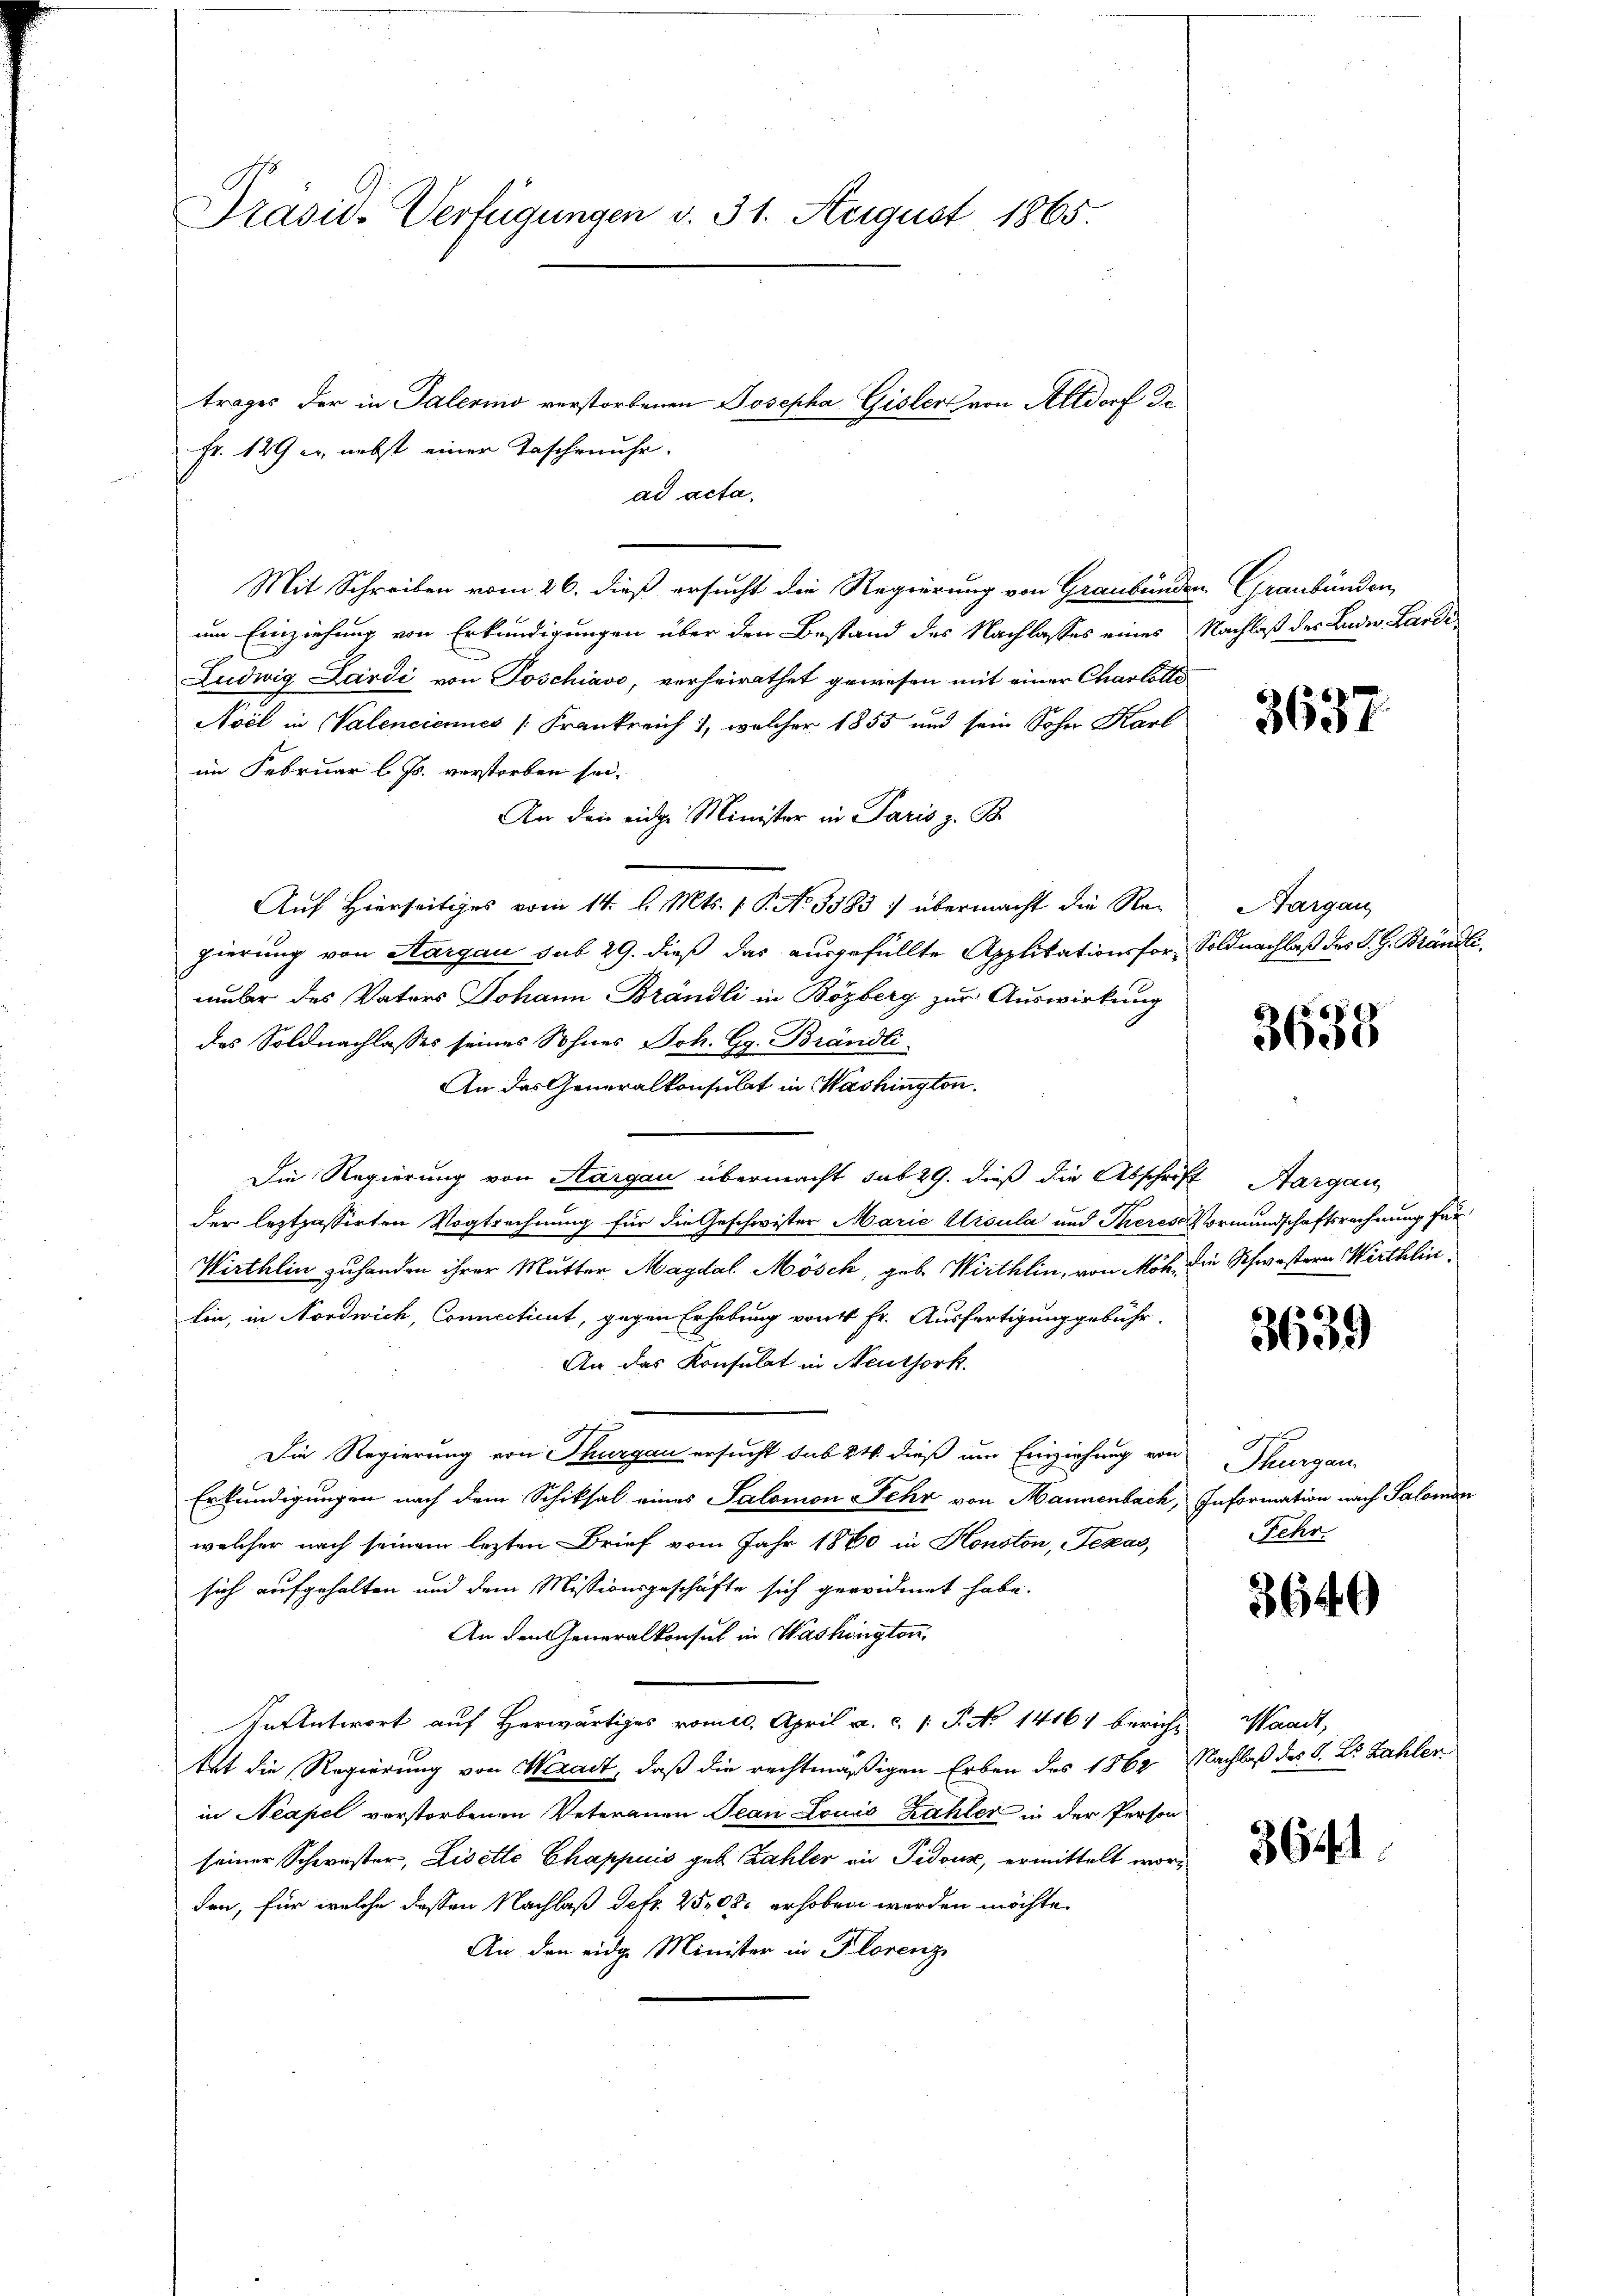
Präsid. Verfügungen v. 31. August 1865.

trages der in Talerino verstorbenen Josepha Gisler von Altdorf de
ad acta,
Mit Schreiben vom 26. dieß ersucht die Regierung von Graubünden Graubünden,
um Einziehung von Erkundigungen über den Bestand des Nachlasses eines Nachlaß des Luder Lande
Ludwig Lardi von Poschiavo, verheirathet gewesen mit einer Charlotte
Noil in Valenciennes (Frankreich, welcher 1855 und sein Sohn Karl
im Februar l. Js. verstorben sei.
An den eidge Minister in Paris z. B.
Auf Hierseitiges vom 14. d. Mts. 1 S. N. 3583) übermacht die Regierung von Aargau sub 29. dieß das ausgefüllte Applitationsfor Soldnachlaß des S. G. Brändlinüber des Vaters Johann Brändli in Bözberg zur Auswirkung
des Soldnachlasses seines Sohnes Joh. G. Brändli
An das Generalkonsulat in Washington
Die Regierung von Sargau übermacht sub 29. dieß die Abschrift Aargau
der leztpassirten Vogtrechnung für die Geschwister Marie Ursula und Theres Vormundschaftsrechnung für
Wirthlin zuhanden ihrer Mutter Magdal Mösch, geb. Wirthlin, von Möh, die Schwestern Wirthlinlin, in Nordwich, Connectient, gegen Erhebung von 4 Fr. Ausfertigung gebühr-
An das Konsulat in Neuthork
g
Die Regierung von Thurgau ersucht sub 24 dieß um Einziehung von Thurgau,
Erkundigungen nach dem Schiksal eines Salomon Fehr von Mannenbach, Information nach Salomon
welcher nach seinem lezten Brief vom Jahr 1860 in Honoton, Texas,
sich aufgehalten und dem Missionsgeschäfte sich gewidmet habe.
An den Generalkonsul in Washington,
Verantwort auf Herwärtiges vom 10. April a. c. 1 P. No 1416) bericht
tet die Regierung von Werait, daß die rechtmäßigen Erben des 1862 Nachlaß des S. Dr. Zahler
in Neapel verstorbenen Veterauen Jean Louis Zahler in der Person
seiner Schwester, Lisette Chappuis geb. Zahler an Pidouse, ermittelt worden, für welche dessen Nachlaß Petr. 2500 erhoben werden möchte.
An den eidge Minister in Florenz

Fr. 129 u. nebst einer Taschenuhr.

3637

Aargau

3635

3639

Fehr.

3640

Waadt,

3641